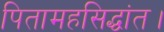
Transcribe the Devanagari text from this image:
पितामहसिद्धांत।